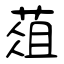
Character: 葅